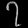
Digit: ၇